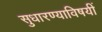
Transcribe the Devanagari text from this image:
सुधारण्याविषयीं